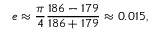
e \approx { \frac { \pi } { 4 } } { \frac { 1 8 6 - 1 7 9 } { 1 8 6 + 1 7 9 } } \approx 0 . 0 1 5 ,